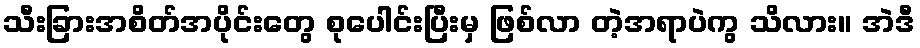
သီးခြားအစိတ်အပိုင်းတွေ စုပေါင်းပြီးမှ ဖြစ်လာ တဲ့အရာပဲကွ သိလား။ အဲဒီ